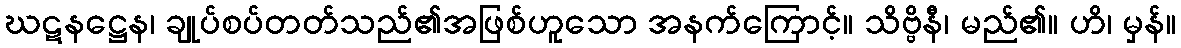
ဃဋနဋ္ဌေန၊ ချုပ်စပ်တတ်သည်၏အဖြစ်ဟူသော အနက်ကြောင့်။ သိဗ္ဗိနီ၊ မည်၏။ ဟိ၊ မှန်။